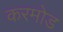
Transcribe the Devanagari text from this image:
करमोड